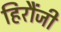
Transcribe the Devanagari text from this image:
हिरौंजी